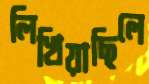
লিখিয়াছিলে